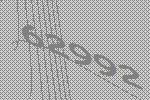
62992